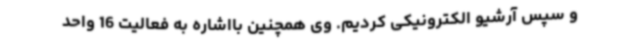
و سپس آرشیو الکترونیکی کردیم. وی همچنین بااشاره به فعالیت 16 واحد